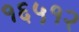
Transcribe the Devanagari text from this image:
१६५१२